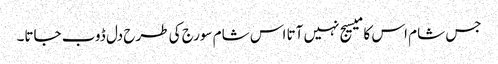
جس شام اس کا میسیج نہیں آتا اس شام سورج کی طرح دل ڈوب جاتا۔